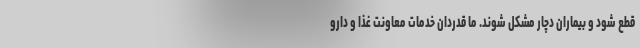
قطع شود و بیماران دچار مشکل شوند. ما قدردان خدمات معاونت غذا و دارو